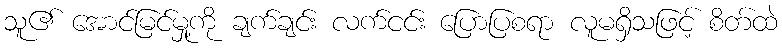
သူ၏ အောင်မြင်မှု့ကို ချက်ချင်း လက်ငင်း ပြောပြစရာ လူမရှိသဖြင့် စိတ်ထဲ